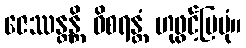
ဇေဿန္တန္တိ ဝိစရန္တံ ဟုဖွင့်ပြပုံ။